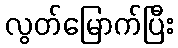
လွတ်မြောက်ပြီး